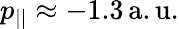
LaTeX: p_{||}\approx-1.3\, \mathrm{a.u.}